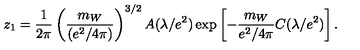
z _ { 1 } = { \frac { 1 } { 2 \pi } } \left( { \frac { m _ { W } } { ( e ^ { 2 } / 4 \pi ) } } \right) ^ { 3 / 2 } A ( \lambda / e ^ { 2 } ) \exp \left[ - { \frac { m _ { W } } { e ^ { 2 } / 4 \pi } } C ( \lambda / e ^ { 2 } ) \right] .